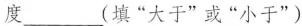
度___(填”大于”或”小于”)